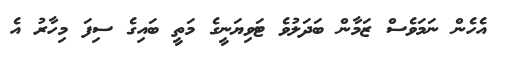
އެހެން ނަމަވެސް ޒަމާން ބަދަލުވެ ޓަވިޔަނީގެ މަތީ ބައިގެ ސިފަ މިހާރު އެ